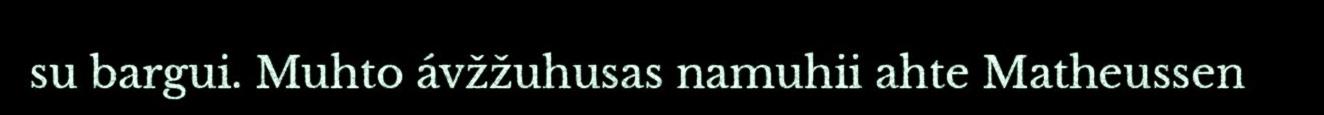
su bargui. Muhto ávžžuhusas namuhii ahte Matheussen